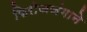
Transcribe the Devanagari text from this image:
फिरोजजंगाने